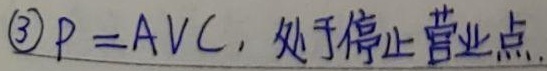
(3) \(P = AVC\)，处于停止营业点。